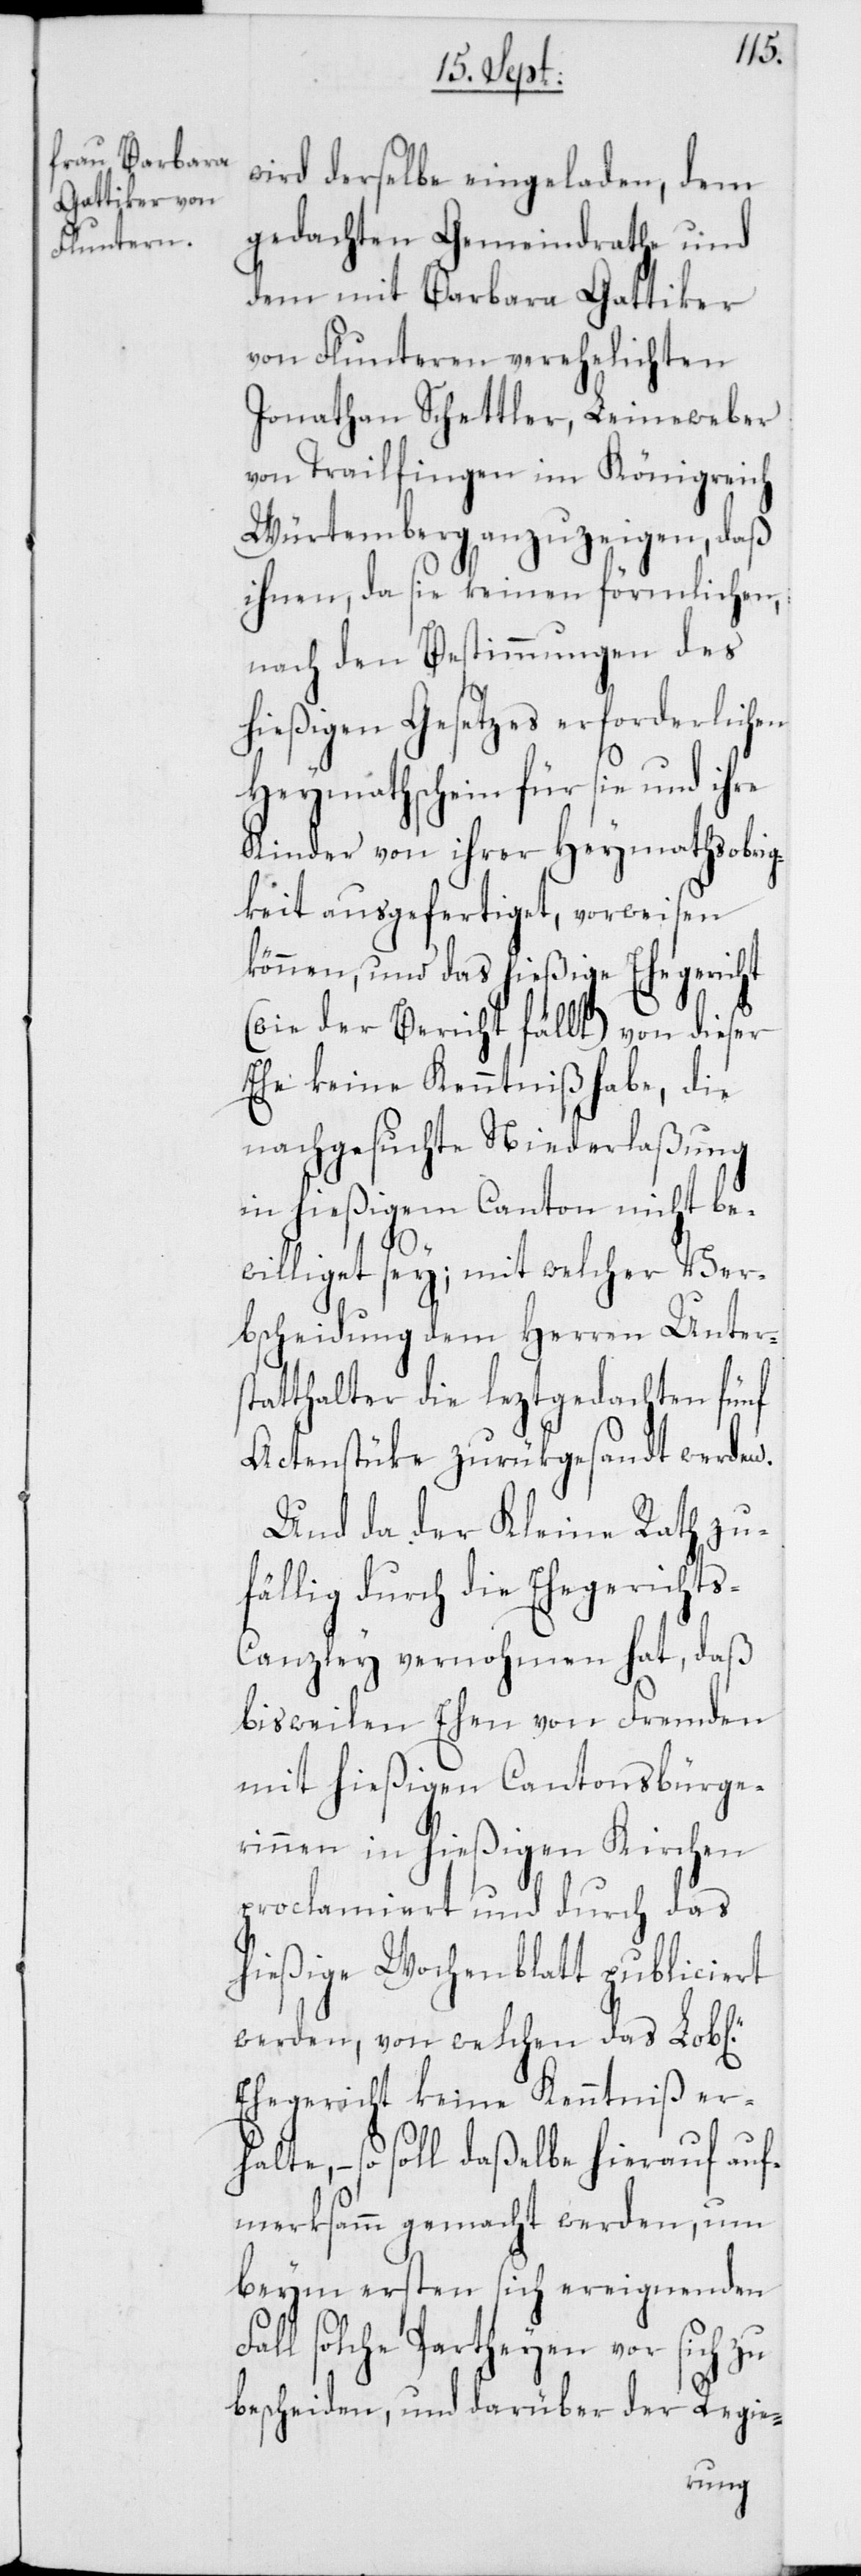
F¬
wird derselbe eingeladen, dem
gedachten Gemeindrathe und
dem mit Barbara Gattiker
von Flunteren verehelichten
Jonathan Schettler, Leineweber
von Trailfingen im Königreich
Würtemberg anzuzeigen, daß
ihnen, da sie keinen förmlichen,
nach den Bestimmungen des
hießigen Gesetzes erforderlichen
Heymathschein für sie und ihre
Kinder von ihrer Heymtathsobri¬
gkeit ausgefertiget, vorweisen
können, und das hießige Ehegericht
(wie der Bericht fällt) von dieser
Ehe keine Kenntniß habe, die
nachgesuchte Niederlaßung
in hießigem Canton nicht be¬
williget sey; mit welcher Ver¬
bscheidung dem Herren Unter¬
statthalter die leztgedachten fünf
Actenstücke zurükgesandt werden.
Und da der Kleine Rath zu¬
fällig durch die Ehegericht¬
s-Canzley vernohmen hat, daß
bisweilen Ehen von Fremden
mit hießigen Cantonsbürge¬
rinnen in hießigen Kirchen
proclamiert und durch das
hießige Wochenblatt publiciert
werden, von welchen das Lob[li¬
Ehegericht keine Kenntniß erh¬
alte, – so soll daßelbe hierauf auf¬
merksamm gemacht werden, um
beym ersten sich ereignenden
all solche Partheyen vor sich zu
bescheiden, und darüber der Regie-